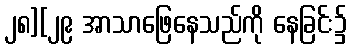
၂၈][၂၉ အာသာဖြေနေသည်ကို နေခြင်း၌